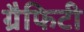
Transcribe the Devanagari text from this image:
ग्रैफिटी